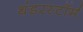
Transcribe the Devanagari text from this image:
थंडरस्टॉर्म